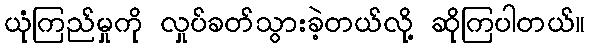
ယုံကြည်မှုကို လှုပ်ခတ်သွားခဲ့တယ်လို့ ဆိုကြပါတယ်။